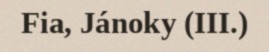
Fia, Jánoky (III.)